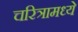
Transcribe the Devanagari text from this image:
चरित्रामध्ये